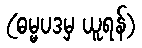
(ဓမ္မပဒမှ ယူရန်)